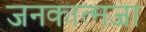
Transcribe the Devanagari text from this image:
जनकात्मजा